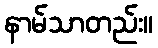
နာမ်သာတည်း။